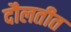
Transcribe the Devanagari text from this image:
दौलतीत